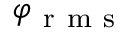
\varphi _ { \mathrm { ~ r ~ m ~ s ~ } }